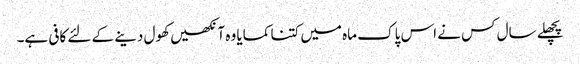
پچھلے سال کس نے اس پاک ماہ میں کتنا کمایا وہ آنکھیں کھول دینے کے لئے کافی ہے۔